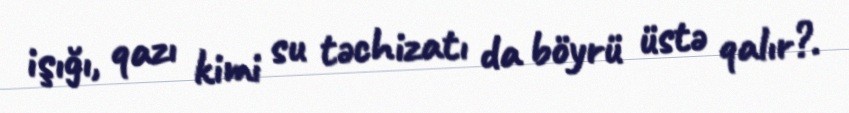
işığı, qazı kimi su təchizatı da böyrü üstə qalır?.